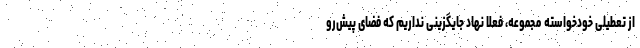
از تعطیلی خودخواسته مجموعه، فعلا نهاد جایگزینی نداریم که فضای پیش‌رو